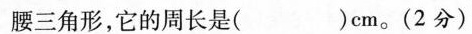
腰三角形，它的周长是( )cm。(2分)